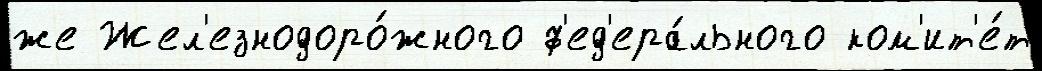
же Жел'езнодоро́жного ф'ед'ера́льного ком'ит'е́т